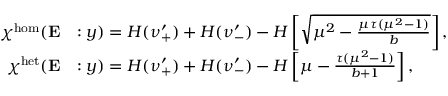
\begin{array} { r l } { \chi ^ { \mathrm { h o m } } ( \mathbf { E } } & { : y ) = H ( \nu _ { + } ^ { \prime } ) + H ( \nu _ { - } ^ { \prime } ) - H \left[ \sqrt { \mu ^ { 2 } - \frac { \mu \tau ( \mu ^ { 2 } - 1 ) } { b } } \right] , } \\ { \chi ^ { \mathrm { h e t } } ( \mathbf { E } } & { : y ) = H ( \nu _ { + } ^ { \prime } ) + H ( \nu _ { - } ^ { \prime } ) - H \left[ \mu - \frac { \tau ( \mu ^ { 2 } - 1 ) } { b + 1 } \right] , } \end{array}